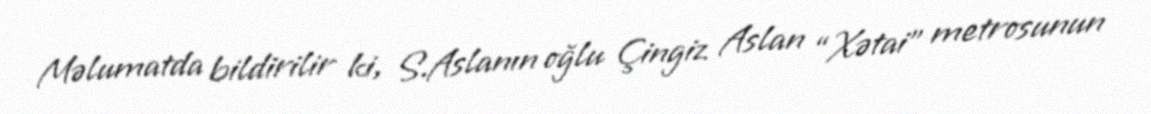
Məlumatda bildirilir ki, S.Aslanın oğlu Çingiz Aslan “Xətai” metrosunun